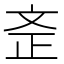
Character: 𣁇